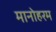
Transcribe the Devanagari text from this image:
मानोहरम